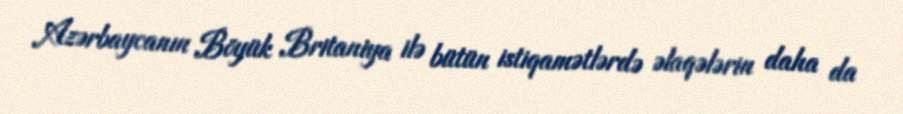
Azərbaycanın Böyük Britaniya ilə bütün istiqamətlərdə əlaqələrin daha da